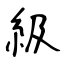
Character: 級